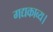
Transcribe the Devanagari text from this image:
गद्यकाव्य।